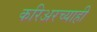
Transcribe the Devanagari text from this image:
करिअरच्याही